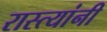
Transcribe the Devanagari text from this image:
रास्त्यांनी